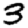
Digit: 3